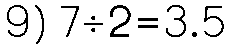
9) 7÷2=3.5